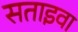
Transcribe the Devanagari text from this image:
सताइवा